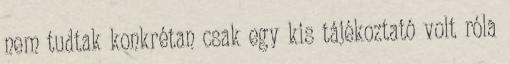
nem tudtak konkrétan csak egy kis tájékoztató volt róla